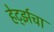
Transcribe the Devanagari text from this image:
हेर्ट्झचा